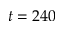
t = 2 4 0